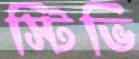
স্টিভি